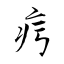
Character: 疞